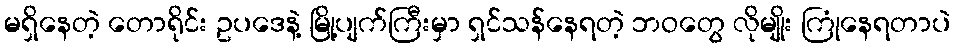
မရှိနေတဲ့ တောရိုင်း ဥပဒေနဲ့ မြို့ပျက်ကြီးမှာ ရှင်သန်နေရတဲ့ ဘဝတွေ လိုမျိုး ကြုံနေရတာပဲ